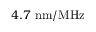
4 . 7 ~ \mathrm { { n m / M H z } }